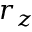
r _ { z }